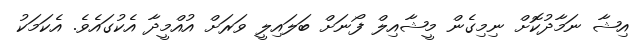
އިޝާ ނަމާދުކޮށް ނިމިގެން މީޝާއިލް ފޯނަށް ބަލައިލީ ވަރަށް އުއްމީދާ އެކުގައެވެ. އެކަމަކު